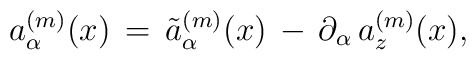
a_{\alpha}^{(m)}(x) \, = \, \tilde{a}_{\alpha}^{(m)}(x) \, - \, \partial_{\alpha} \, a_{z}^{(m)}(x),